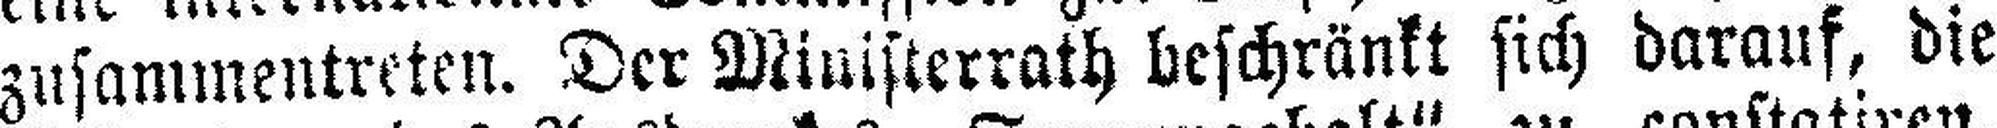
zusammentreten. Der Ministerrath beschränkt sich darauf, die